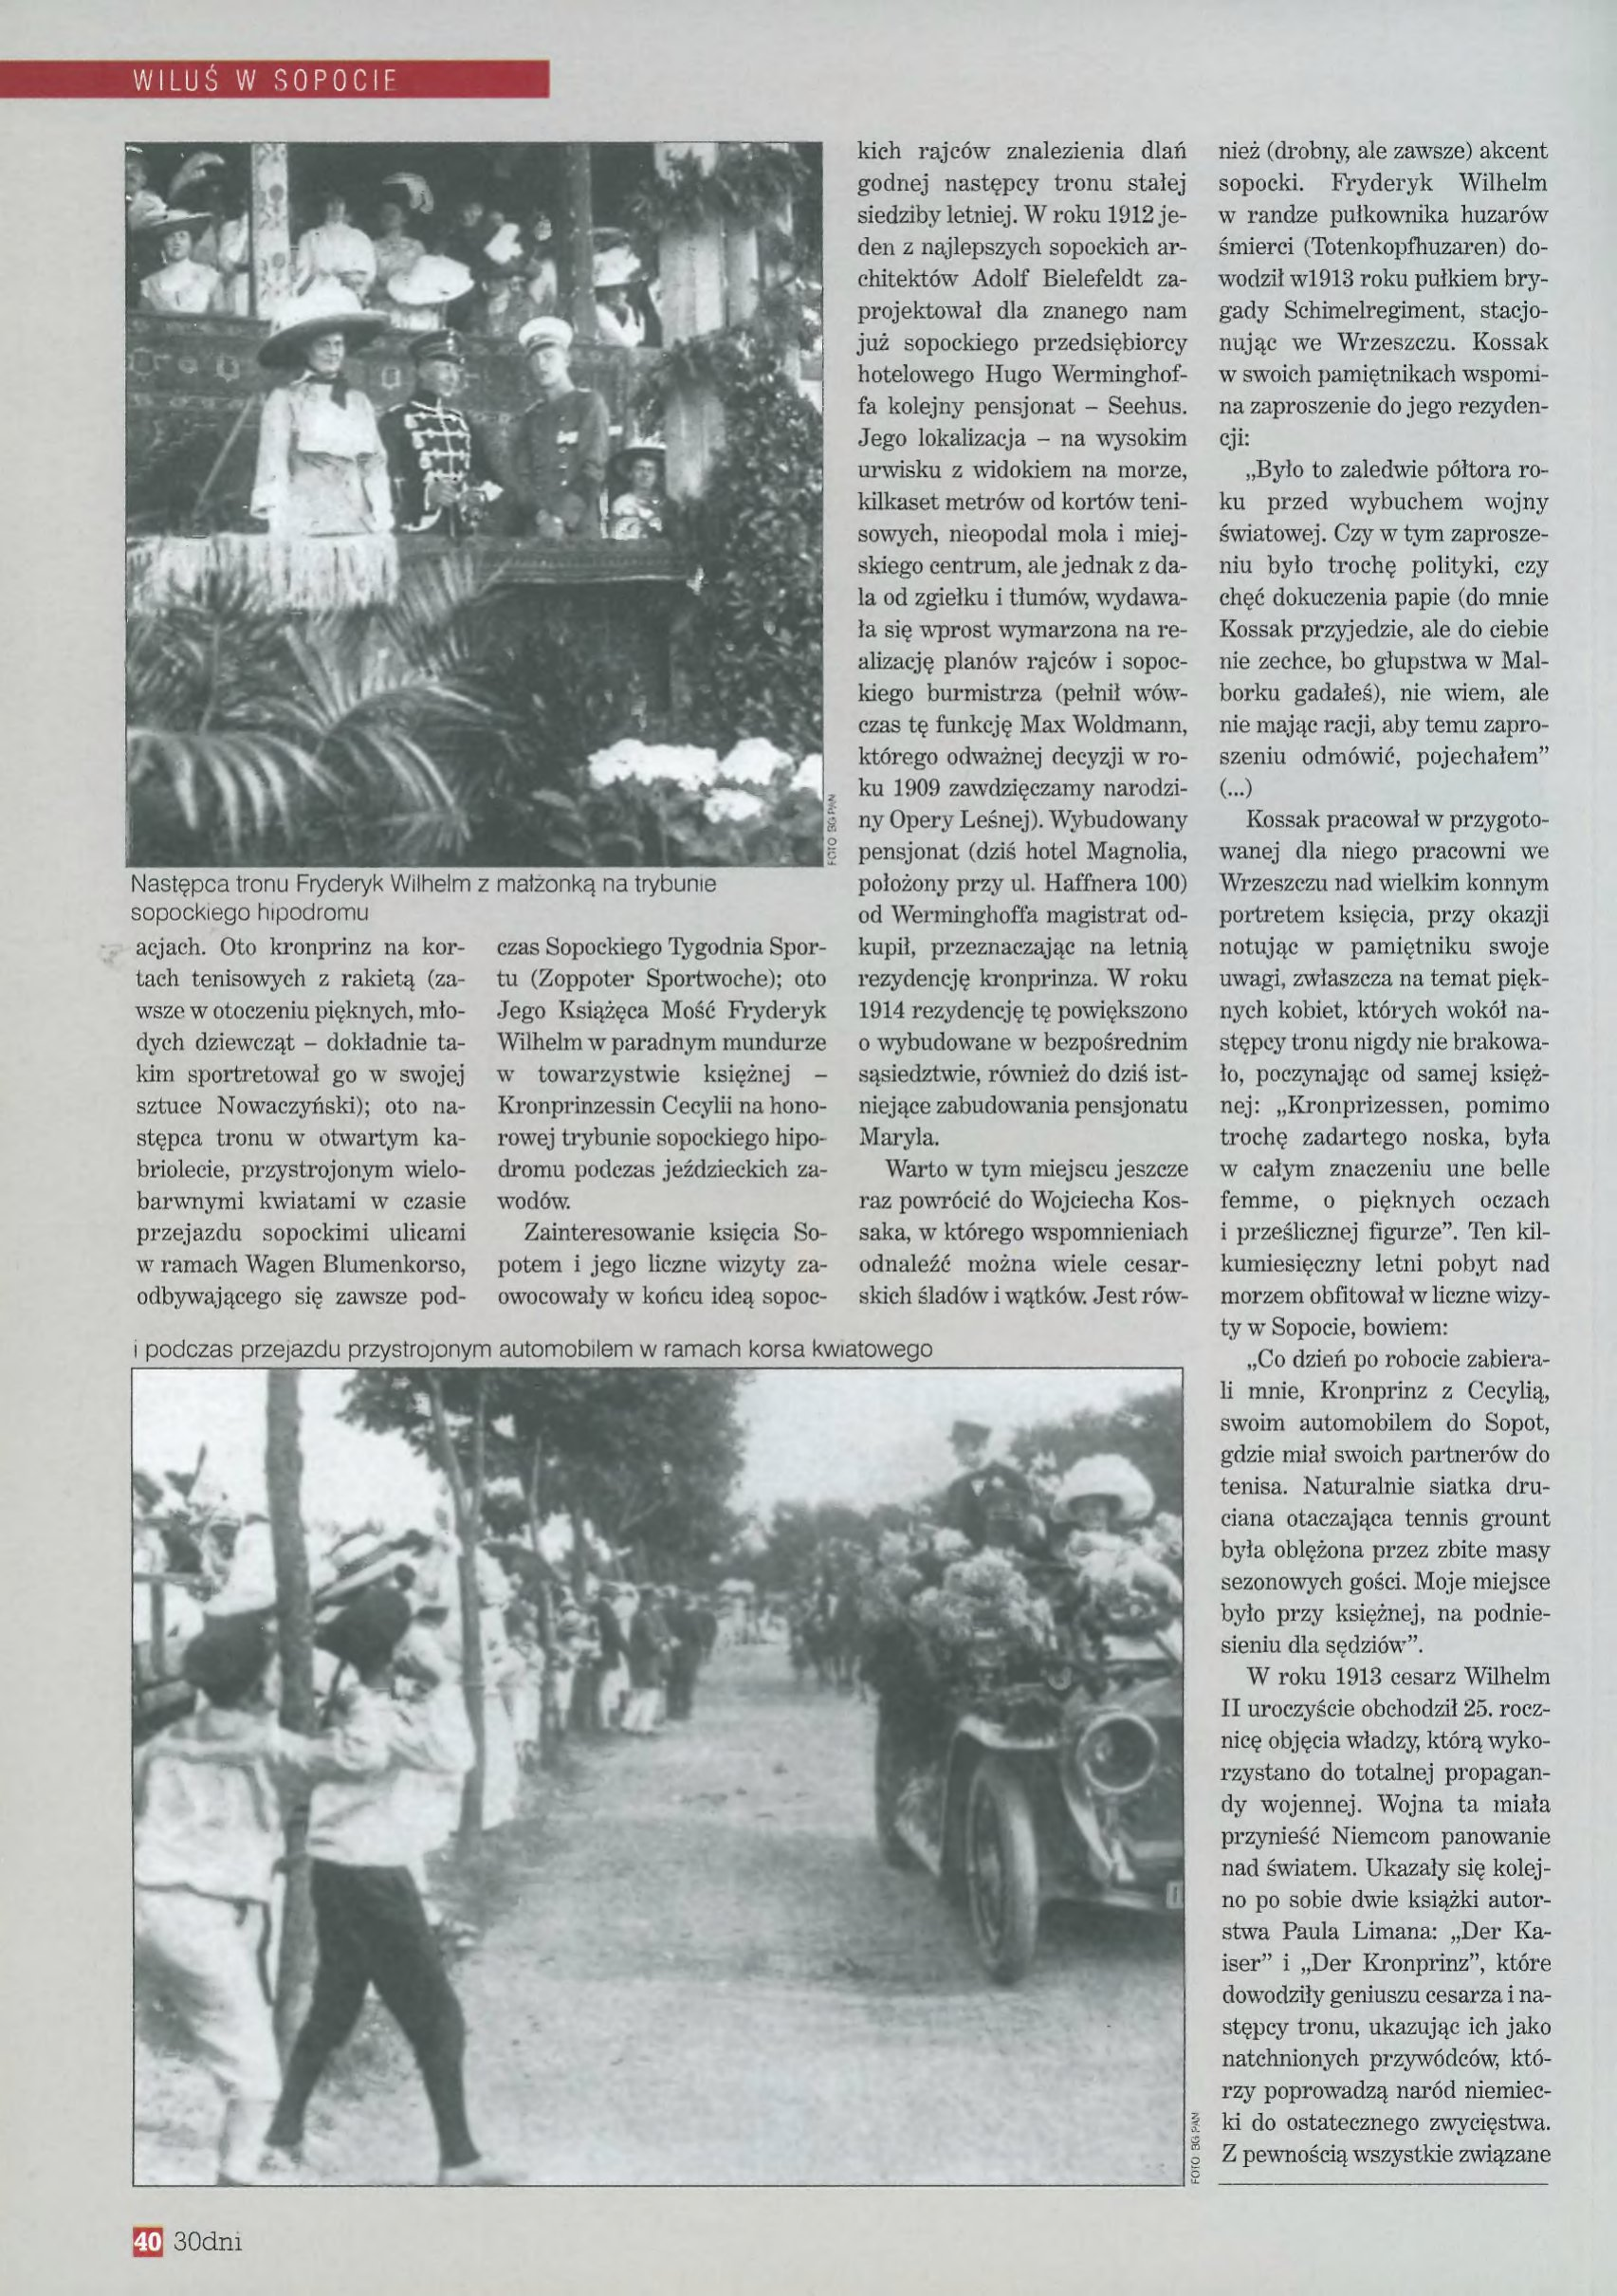
Language: pl